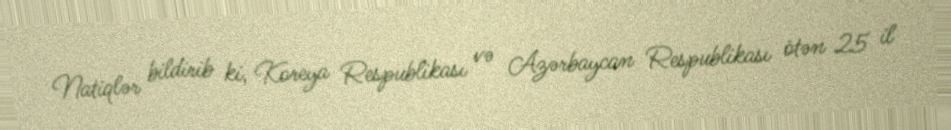
Natiqlər bildirib ki, Koreya Respublikası və Azərbaycan Respublikası ötən 25 il